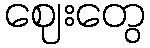
ဈေးတွေ